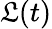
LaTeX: \mathfrak{L}(t)